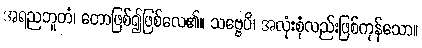
အရညဘူတံ၊ တောဖြစ်၍ဖြစ်လေ၏။ သဗ္ဗေပိ၊ အလုံးစုံလည်းဖြစ်ကုန်သော။